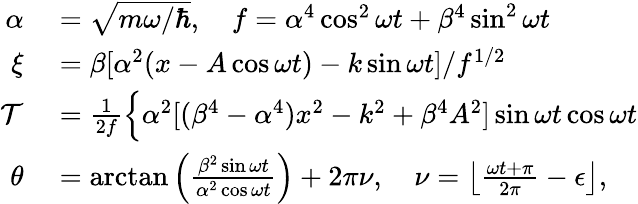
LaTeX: \begin{array}{rl}{\alpha}&{{}=\sqrt{m\omega/\hbar},\quad f=\alpha^{4}\cos^{2}\omega t+\beta^{4}\sin^{2}\omega t}\\ {\xi}&{{}=\beta[\alpha^{2}(x-A\cos\omega t)-k\sin\omega t]/f^{1/2}}\\ {{\cal T}}&{{}=\frac{1}{2f}\Big\{ \alpha^{2}[(\beta^{4}-\alpha^{4})x^{2}-k^{2}+\beta^{4}A^{2}]\sin\omega t\cos\omega t}\\ {\theta}&{{}=\arctan\left(\frac{\beta^{2}\sin\omega t}{\alpha^{2}\cos\omega t}\right)+2\pi\nu,\quad\nu=\left\lfloor\frac{\omega t+\pi}{2\pi}-\epsilon\right\rfloor,}\end{array}